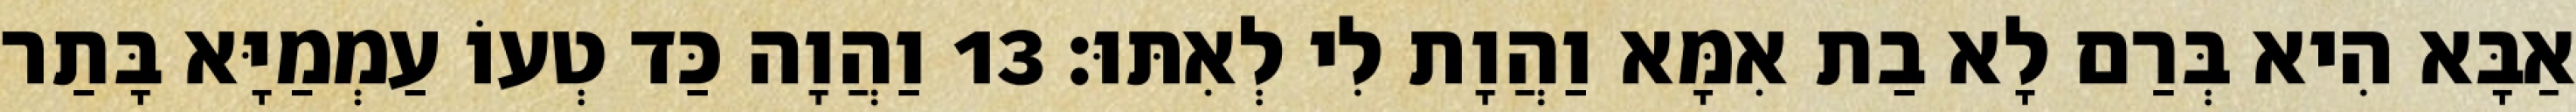
אַבָּא הִיא בְּרַם לָא בַת אִמָּא וַהֲוָת לִי לְאִתּוּ׃ 13 וַהֲוָה כַּד טְעוֹ עַמְמַיָּא בָּתַר